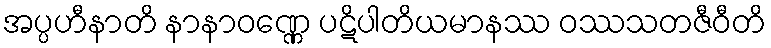
အပ္ပဟီနာတိ နာနာဝဏ္ဏေ ပဋိပါတိယမာနဿ ဝဿသတဇီဝီတိ